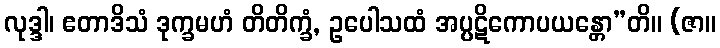
လုဒ္ဒါ၊ ဧတာဒိသံ ဒုက္ခမဟံ တိတိက္ခံ, ဥပေါသထံ အပ္ပဋိကောပယန္တော”တိ။ (ဇာ။